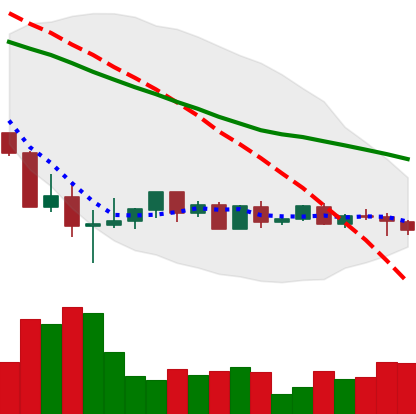
Ticker: BTC-USD
Chart end date: 2022-05-27
Forward return: 4.092%
Label: up_3_5